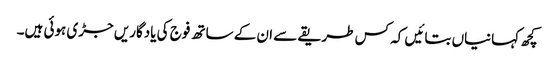
کچھ کہانیاں بتائیں کہ کس طریقے سے ان کے ساتھ فوج کی یادگاریں جڑی ہوئی ہیں۔